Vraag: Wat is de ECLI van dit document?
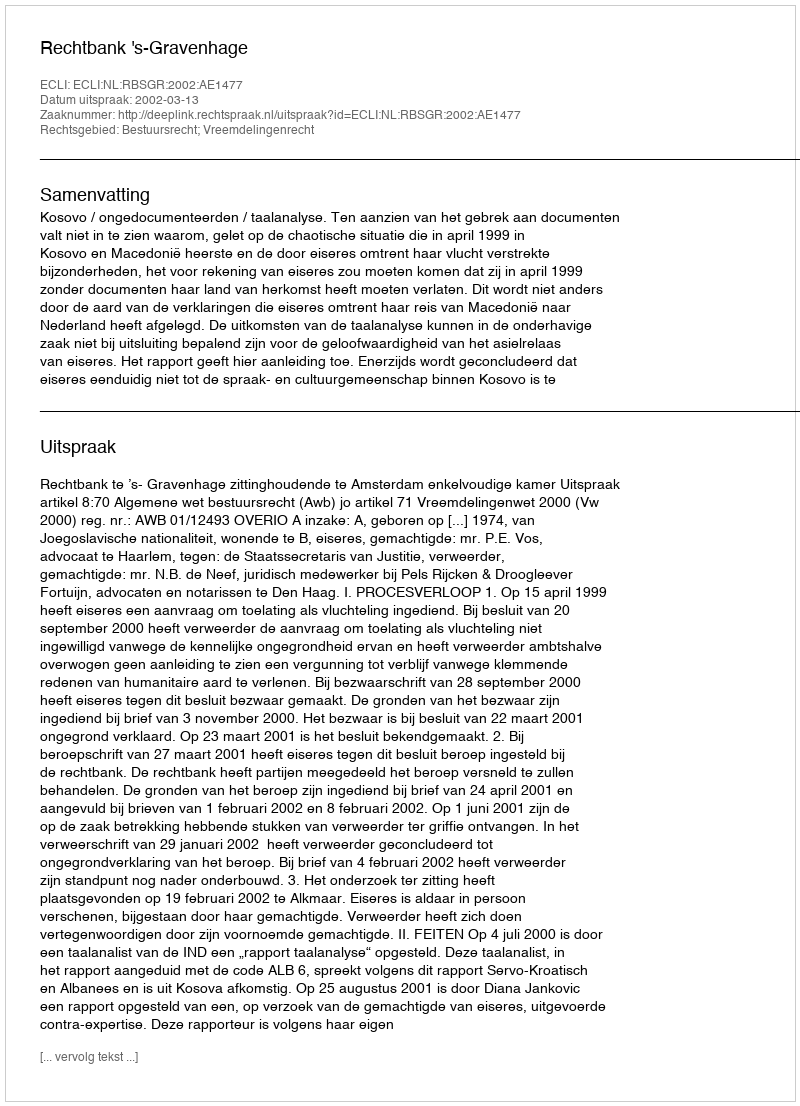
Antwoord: ECLI:NL:RBSGR:2002:AE1477